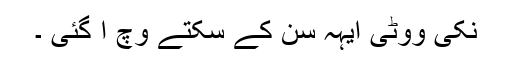
نکی ووٹی ایہہ سن کے سکتے وچ آ گئی ۔